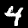
Label: 4